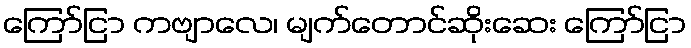
ကြော်ငြာ ကဗျာလေ၊ မျက်တောင်ဆိုးဆေး ကြော်ငြာ